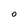
Character: O